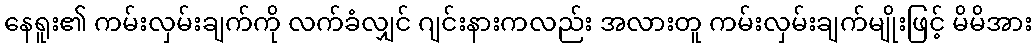
နေရူး၏ ကမ်းလှမ်းချက်ကို လက်ခံလျှင် ဂျင်းနားကလည်း အလားတူ ကမ်းလှမ်းချက်မျိုးဖြင့် မိမိအား